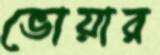
ভোয়ার